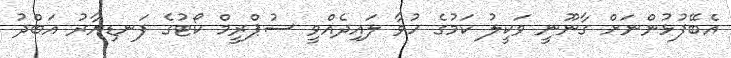
އެބޭފުޅުންނަށް ގާނޫނީ ވަކީލު ކަމުގެ ހުވާ ލައިދެއްވީ ސުޕްރީމް ކޯޓުގެ ފަނޑިޔާރު އަބްދު